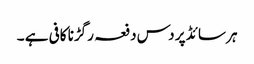
ہر سائڈ پر دس دفعہ رگڑنا کافی ہے ۔